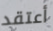
أعتقد